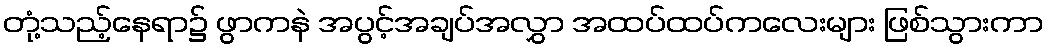
တုံ့သည့်နေရာ၌ ဖွာကနဲ အပွင့်အချပ်အလွှာ အထပ်ထပ်ကလေးများ ဖြစ်သွားကာ